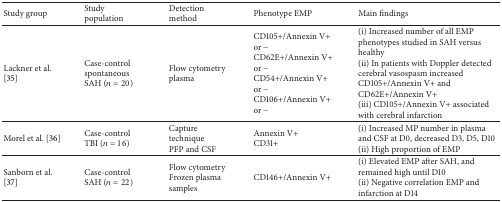
<table><thead><tr><td><b>Study group</b></td><td><b>Study population</b></td><td><b>Detection method</b></td><td><b>Phenotype EMP</b></td><td><b>Main findings</b></td></tr></thead><tbody><tr><td>Lackner et al. [35]</td><td>Case-controlspontaneous SAH (<i>n</i> = 20)</td><td>Flow cytometryplasma</td><td>CD105+/Annexin V+ or −CD62E+/Annexin V+ or −CD54+/Annexin V+ or −CD106+/Annexin V+ or −</td><td>(i) Increased number of all EMP phenotypes studied in SAH versus healthy(ii) In patients with Doppler detected cerebral vasospasm increased CD105+/Annexin V+ and CD62E+/Annexin V+(iii) CD105+/Annexin V+ associated with cerebral infarction</td></tr><tr><td>Morel et al. [36]</td><td>Case-controlTBI (<i>n</i> = 16)</td><td>Capture techniquePFP and CSF</td><td>Annexin V+CD31+</td><td>(i) Increased MP number in plasma and CSF at D0, decreased D3, D5, D10(ii) High proportion of EMP</td></tr><tr><td>Sanborn et al. [37]</td><td>Case-controlSAH (<i>n</i> = 22)</td><td>Flow cytometryFrozen plasma samples</td><td>CD146+/Annexin V+</td><td>(i) Elevated EMP after SAH, and remained high until D10(ii) Negative correlation EMP and infarction at D14</td></tr></tbody></table>